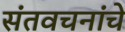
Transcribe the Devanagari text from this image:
संतवचनांचे